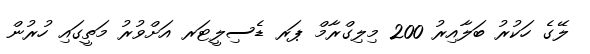
ލޭގެ ހަކުރު ބަލާއިރު 200 މިލިގްރާމް ޕަރ ޑެސިލީޓަރ އަށްވުރު މަތީގައި ހުރުން